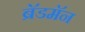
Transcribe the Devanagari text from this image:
ब्रॅडमॅन